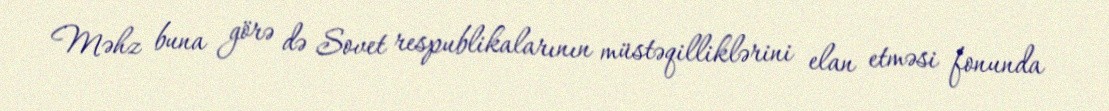
Məhz buna görə də Sovet respublikalarının müstəqilliklərini elan etməsi fonunda